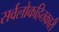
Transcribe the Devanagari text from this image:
सर्वलोकहितकारी